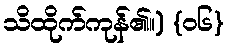
သိထိုက်ကုန်၏။) {၀၆}